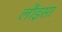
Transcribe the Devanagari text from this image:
लौइसा